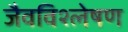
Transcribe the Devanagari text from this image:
जैवविश्लेषण